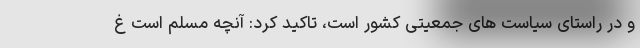
و در راستای سیاست های جمعیتی کشور است، تاکید کرد: آنچه مسلم است غ